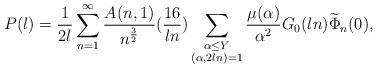
LaTeX: \begin{align*}P(l)=\frac{1}{2l}\sum_{n=1}^\infty \frac{A(n,1)}{n^\frac{3}{2}}(\frac{16}{ln})\sum_{\substack{\alpha \leq Y \\ (\alpha,2ln)=1}}\frac{\mu(\alpha)}{\alpha^2}G_0(ln)\widetilde \Phi_{n}(0),\end{align*}